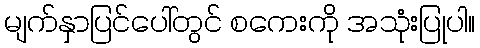
မျက်နှာပြင်ပေါ်တွင် စကေးကို အသုံးပြုပါ။